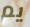
يم